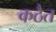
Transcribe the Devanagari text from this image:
कठैत